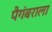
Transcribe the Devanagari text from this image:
पैगंबराला